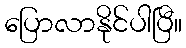
ပြောလာနိုင်ပါပြီ။